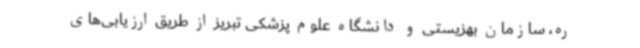
ره، سازمان بهزیستی و دانشگاه علوم پزشکی تبریز از طریق ارزیابی‌های